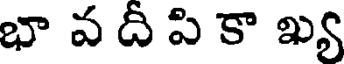
భా వ దీ పి కా ఖ్య